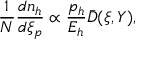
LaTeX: \frac { 1 } { N } \frac { d n _ { h } } { d \xi _ { p } } \propto \frac { p _ { h } } { E _ { h } } \bar { D } ( \xi , Y ) ,